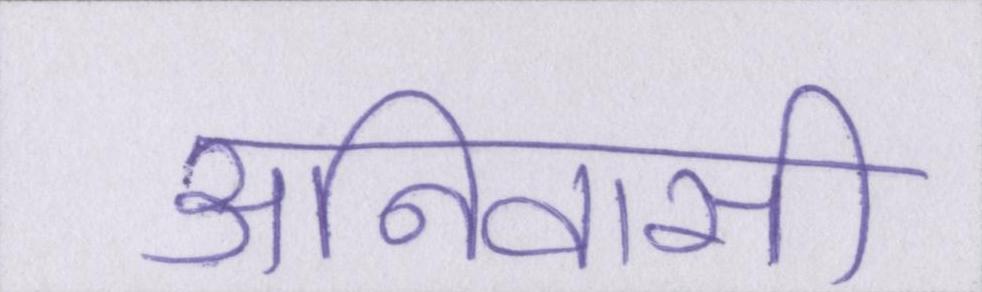
अनिवासी